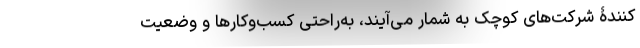
‌کنندۀ شرکت‌های کوچک به شمار می‌آیند، به‌راحتی کسب‌وکارها و وضعیت